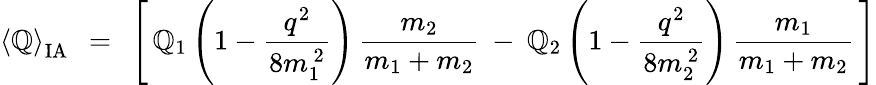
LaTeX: \left<\mathbb{Q}\right>_{\mathrm{{IA}}}\: \: =\: \: \left[\, \mathbb{Q}_{1}\left(1-\frac{{q^{2}}}{{8m_{1}^{\, 2}}}\right)\, \frac{{m_{2}}}{{m_{1}+m_{2}}}\: -\: \mathbb{Q}_{2}\left(1-\frac{{q^{2}}}{{8m_{2}^{\, 2}}}\right)\, \frac{{m_{1}}}{{m_{1}+m_{2}}}\, \right]